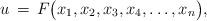
LaTeX: \begin{align*}u\,=\,F\big(x_1,x_2,x_3,x_4,\dots,x_n\big),\end{align*}